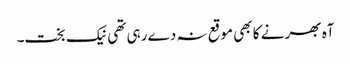
آہ بھر نے کا بھی موقع نہ دے رہی تھی نیک بخت۔